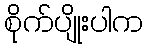
စိုက်ပျိုးပါက